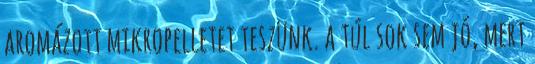
aromázott mikropelletet teszünk. a túl sok sem jó, mert